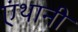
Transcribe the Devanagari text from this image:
एंथानी